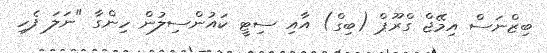
ބިޒްނަސް އިމޭޖް ގްރޫޕް (ބިގް) އާއި ސިޓީ ކައުންސިލުން ހިންގާ "ނަލަ ފެހި